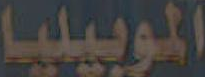
الموبيليا